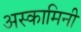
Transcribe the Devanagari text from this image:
अस्कामिनी